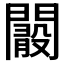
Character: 𨶞